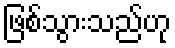
ဖြစ်သွားသည်ဟု